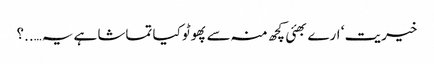
خیریت ‘ ارے بھئی کچھ منہ سے پھوٹو کیا تماشا ہے یہ…..؟